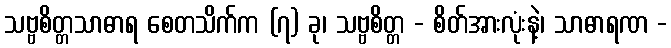
သဗ္ဗစိတ္တသာဓာရ စေတသိက်က (၇) ခု၊ သဗ္ဗစိတ္တ - စိတ်အားလုံးနဲ့၊ သာဓာရဏ -